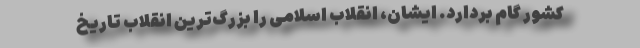
کشور گام بردارد. ایشان، انقلاب اسلامی را بزرگ‌ترین انقلابِ تاریخ